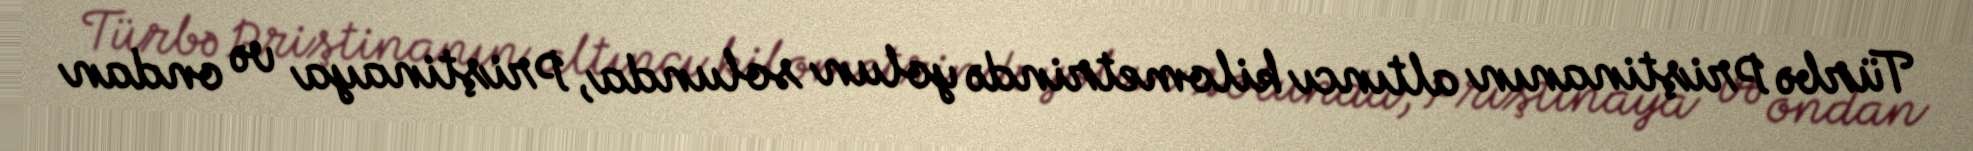
Türbə Priştinanın altıncı kilometrində yolun solunda, Priştinaya və ondan